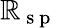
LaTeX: \mathbb{R}_{\mathrm{{~s~p~}}}